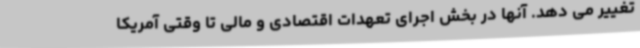
تغییر می دهد. آنها در بخش اجرای تعهدات اقتصادی و مالی تا وقتی آمریکا